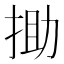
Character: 𢭟